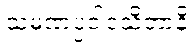
သမဏပ္ပဝါဒသိတာနိ